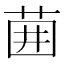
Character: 𫈁